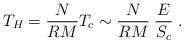
LaTeX: \begin{align*}T_H = \frac{N}{R M} T_c \sim \frac{N}{R M} \; \frac{E}{S_c} \; .\end{align*}